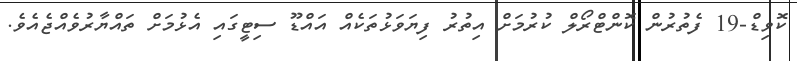
ކޮވިޑް-19 ފެތުރުން ކޮންޓްރޯލް ކުރުމަށް އިތުރު ފިޔަވަޅުތަކެއް އައްޑޫ ސިޓީގައި އެޅުމަށް ތައްޔާރުވެއްޖެއެވެ.